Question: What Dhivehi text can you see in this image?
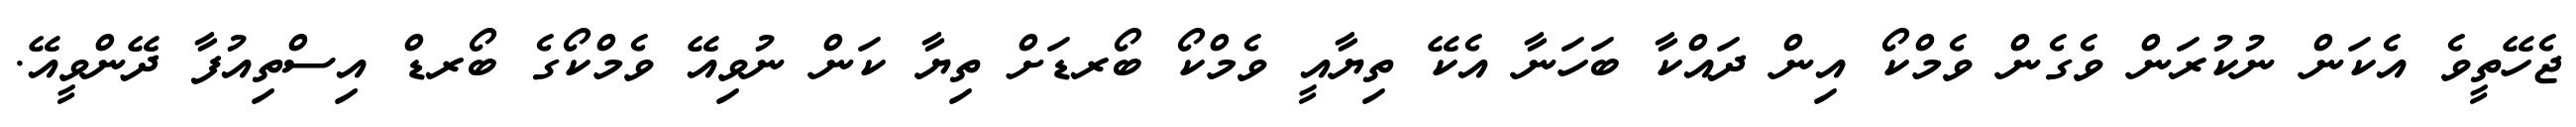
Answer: ޖެހޭތީވެ އެކަން ނުކުރަން ވެގެން ވެމްކޯ އިން ދައްކާ ބަހަނާ އެކޭ ތިޔާއީ ވެމްކޯ ބޯރޑަށް ތިޔާ ކަން ނުވިއޭ ވެމްކޯގެ ބޯރޑް އިސްތިއުފާ ދޭންވީއޭ.